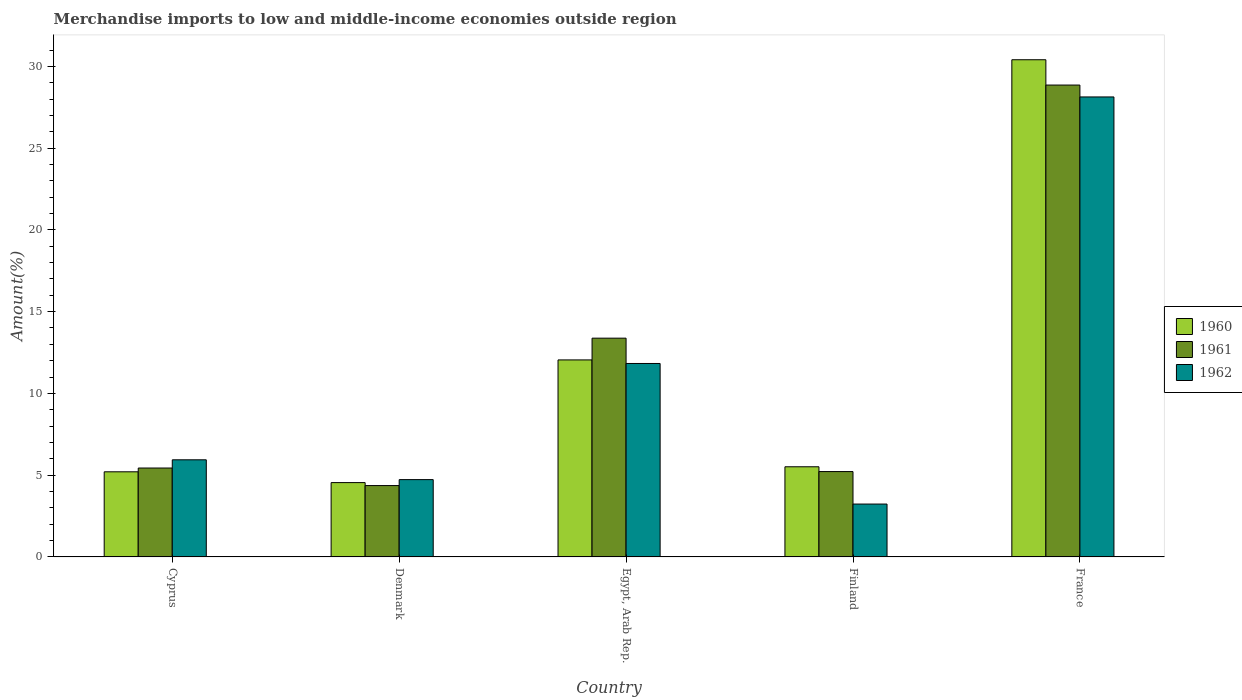
| Country | 1960 | 1961 | 1962 |
 | --- | --- | --- | --- |
 | Cyprus | 5.21 | 5.44 | 5.94 |
 | Denmark | 4.54 | 4.36 | 4.73 |
 | Egypt, Arab Rep. | 12 | 13.4 | 11.8 |
 | Finland | 5.51 | 5.22 | 3.23 |
 | France | 30.4 | 28.9 | 28.1 |